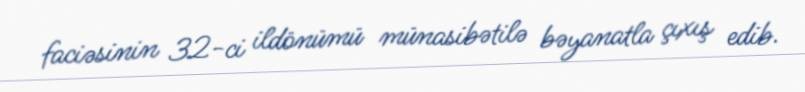
faciəsinin 32-ci ildönümü münasibətilə bəyanatla çıxış edib.